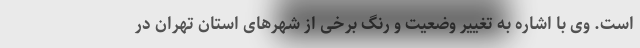
است. وی با اشاره به تغییر وضعیت و رنگ برخی از شهرهای استان تهران در